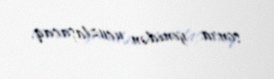
sonra yenidən ucuzlaşacaq.